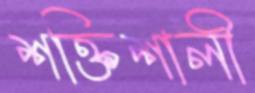
শক্তিশালী